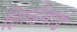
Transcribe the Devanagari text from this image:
हिल्डेगार्ड